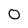
Character: 0